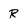
Character: R